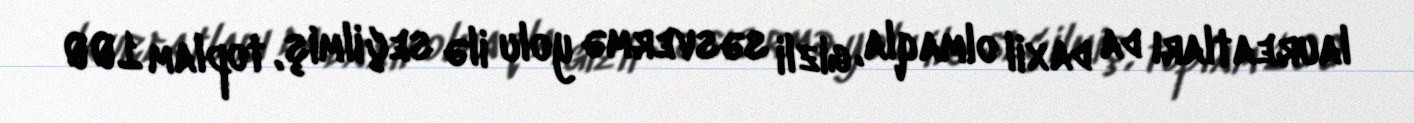
laureatları da daxil olmaqla, gizli səsvermə yolu ilə seçilmiş, toplam 100